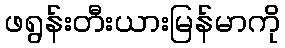
ဖရွန်းတီးယားမြန်မာကို